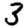
Digit: 3